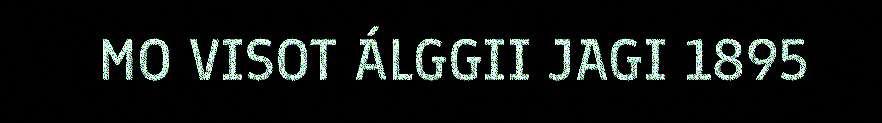
MO VISOT ÁLGGII JAGI 1895